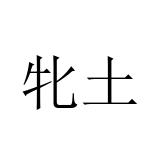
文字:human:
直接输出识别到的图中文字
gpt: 牝土